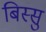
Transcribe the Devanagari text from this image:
बिस्सु